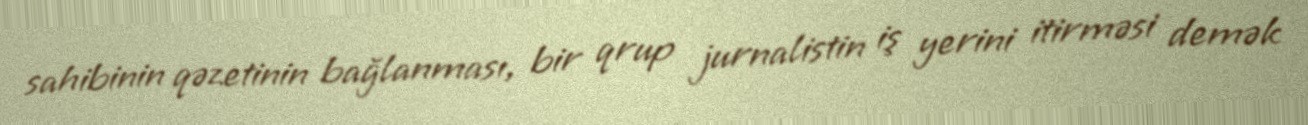
sahibinin qəzetinin bağlanması, bir qrup jurnalistin iş yerini itirməsi demək